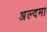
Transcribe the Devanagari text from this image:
अल्दमा